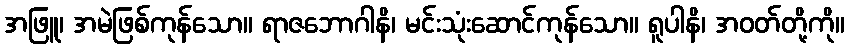
အဖြူ၊ အမဲဖြစ်ကုန်သော။ ရာဇဘောဂါနိ၊ မင်းသုံးဆောင်ကုန်သော။ ရူပါနိ၊ အဝတ်တို့ကို။